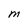
Character: M